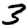
Digit: 3